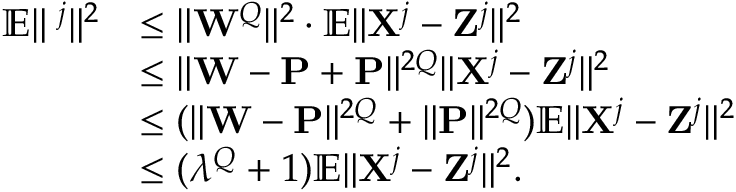
\begin{array} { r l } { \mathbb { E } \| { \bf \zeta } ^ { j } \| ^ { 2 } } & { \leq \| { \bf W } ^ { Q } \| ^ { 2 } \cdot \mathbb { E } \| { \bf X } ^ { j } - { \bf Z } ^ { j } \| ^ { 2 } } \\ & { \leq \| { \bf W } - { \bf P } + { \bf P } \| ^ { 2 Q } \| { \bf X } ^ { j } - { \bf Z } ^ { j } \| ^ { 2 } } \\ & { \leq ( \| { \bf W } - { \bf P } \| ^ { 2 Q } + \| { \bf P } \| ^ { 2 Q } ) \mathbb { E } \| { \bf X } ^ { j } - { \bf Z } ^ { j } \| ^ { 2 } } \\ & { \leq ( \lambda ^ { Q } + 1 ) \mathbb { E } \| { \bf X } ^ { j } - { \bf Z } ^ { j } \| ^ { 2 } . } \end{array}